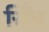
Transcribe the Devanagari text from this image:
सिँध